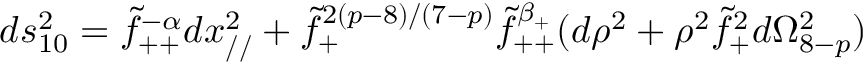
d s _ { 1 0 } ^ { 2 } = \tilde { f } _ { + + } ^ { - \alpha } d x _ { / / } ^ { 2 } + \tilde { f } _ { + } ^ { 2 ( p - 8 ) / ( 7 - p ) } \tilde { f } _ { + + } ^ { \beta _ { + } } ( d \rho ^ { 2 } + \rho ^ { 2 } \tilde { f } _ { + } ^ { 2 } d \Omega _ { 8 - p } ^ { 2 } )